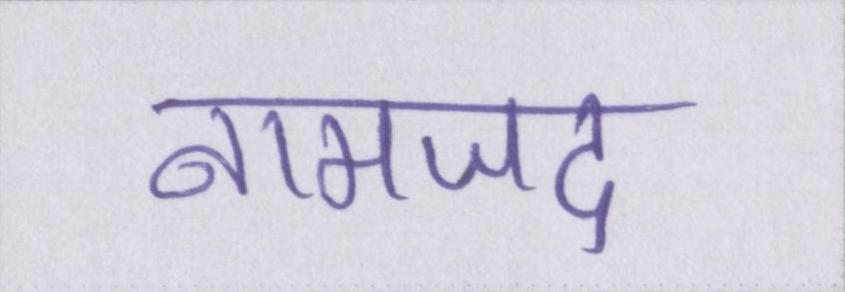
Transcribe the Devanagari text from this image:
नामजद